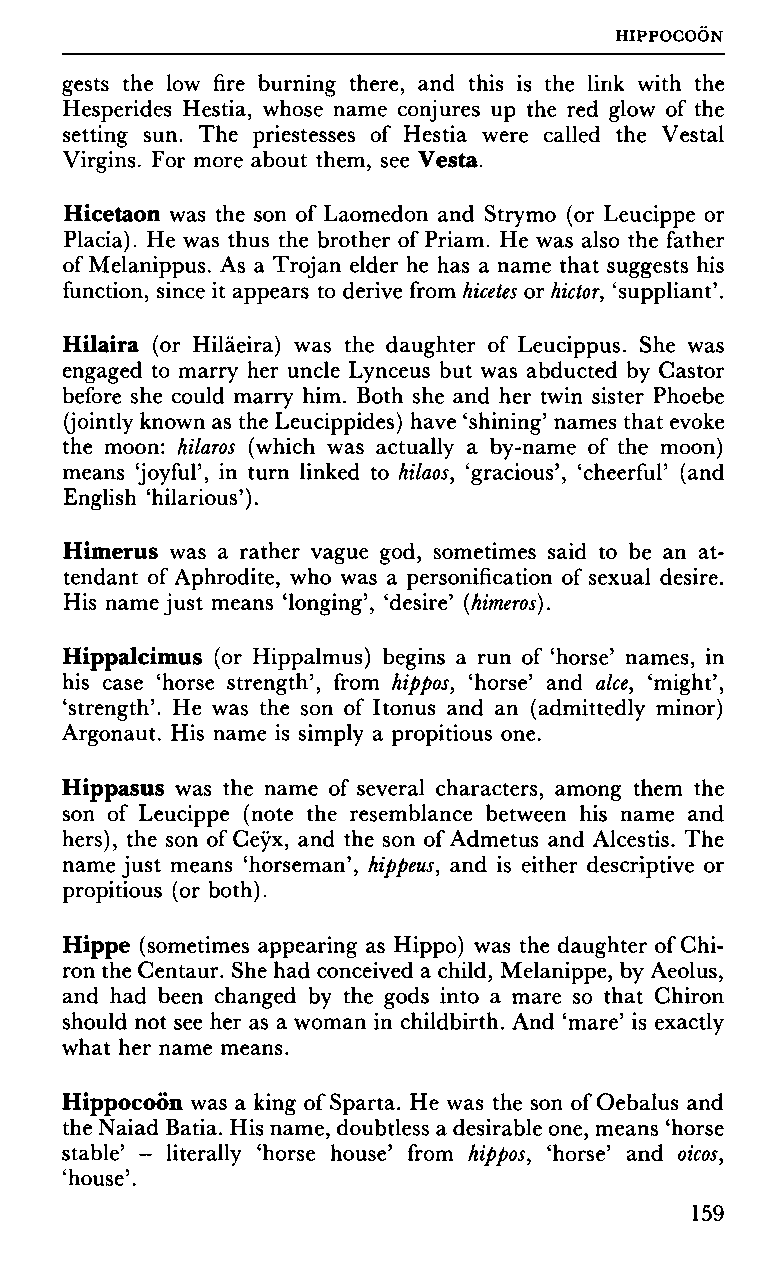
HIPPOCOON
 gests the low fire burning there, and this is the link with the
 Hesperides Hestia, whose name conjures up the red glow of the
 setting sun. The priestesses of Hestia were called the Vestal
 Virgins. For more about them, see Vesta.
 Hicetaon was the son of Laomedon and Strymo (or Leucippe or
 Placia). He was thus the brother of Priam. He was also the father
 of Melanippus. As a Trojan elder he has a name that suggests his
 function, since it appears to derive from hicetes or hictor, 'suppliant'.
 Hilaira (or Hiläeira) was the daughter of Leucippus. She was
 engaged to marry her uncle Lynceus but was abducted by Castor
 before she could marry him. Both she and her twin sister Phoebe
 (jointly known as the Leucippides) have 'shining' names that evoke
 the moon: hilaros (which was actually a by-name of the moon)
 means 'joyful', in turn linked to hilaos, 'gracious', 'cheerful' (and
 English 'hilarious').
 Himerus was a rather vague god, sometimes said to be an at
 tendant of Aphrodite, who was a personification of sexual desire.
 His name just means 'longing', 'desire' (himeros).
 Hippalcimus (or Hippalmus) begins a run of 'horse' names, in
 his case 'horse strength', from hippos, 'horse' and alee, 'might',
 'strength'. He was the son of Itonus and an (admittedly minor)
 Argonaut. His name is simply a propitious one.
 Hippasus was the name of several characters, among them the
 son of Leucippe (note the resemblance between his name and
 hers), the son of Ceyx, and the son of Admetus and Alcestis. The
 name just means 'horseman', hippeus, and is either descriptive or
 propitious (or both).
 Hippe (sometimes appearing as Hippo) was the daughter of Chi
 ron the Centaur. She had conceived a child, Melanippe, by Aeolus,
 and had been changed by the gods into a mare so that Chiron
 should not see her as a woman in childbirth. And 'mare' is exactly
 what her name means.
 Hippocoon was a king of Sparta. He was the son of Oebalus and
 the Naiad Batia. His name, doubtless a desirable one, means 'horse
 stable' - literally 'horse house' from hippos, 'horse' and oicos,
 'house'.
 159